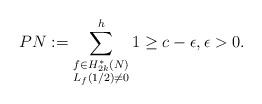
LaTeX: \begin{align*}PN:=\sum_{\substack{f \in H_{2k}^{*}(N)\\ L_f(1/2)\neq 0}}^{h}1\geq c-\epsilon, \epsilon>0.\end{align*}